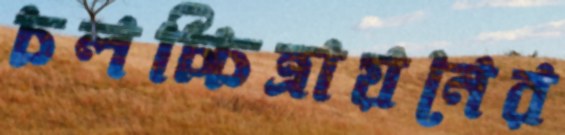
চলচ্চিত্রায়নের